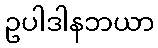
ဥပါဒါနဘယာ